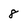
Character: 8